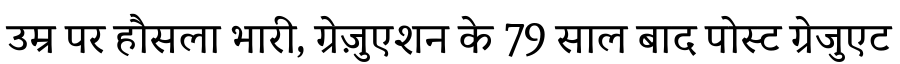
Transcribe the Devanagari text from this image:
उम्र पर हौसला भारी, ग्रेज़ुएशन के 79 साल बाद पोस्ट ग्रेजुएट